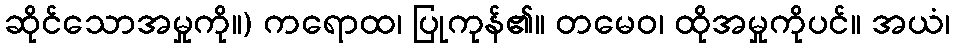
ဆိုင်သောအမှုကို။) ကရောထ၊ ပြုကုန်၏။ တမေဝ၊ ထိုအမှုကိုပင်။ အယံ၊